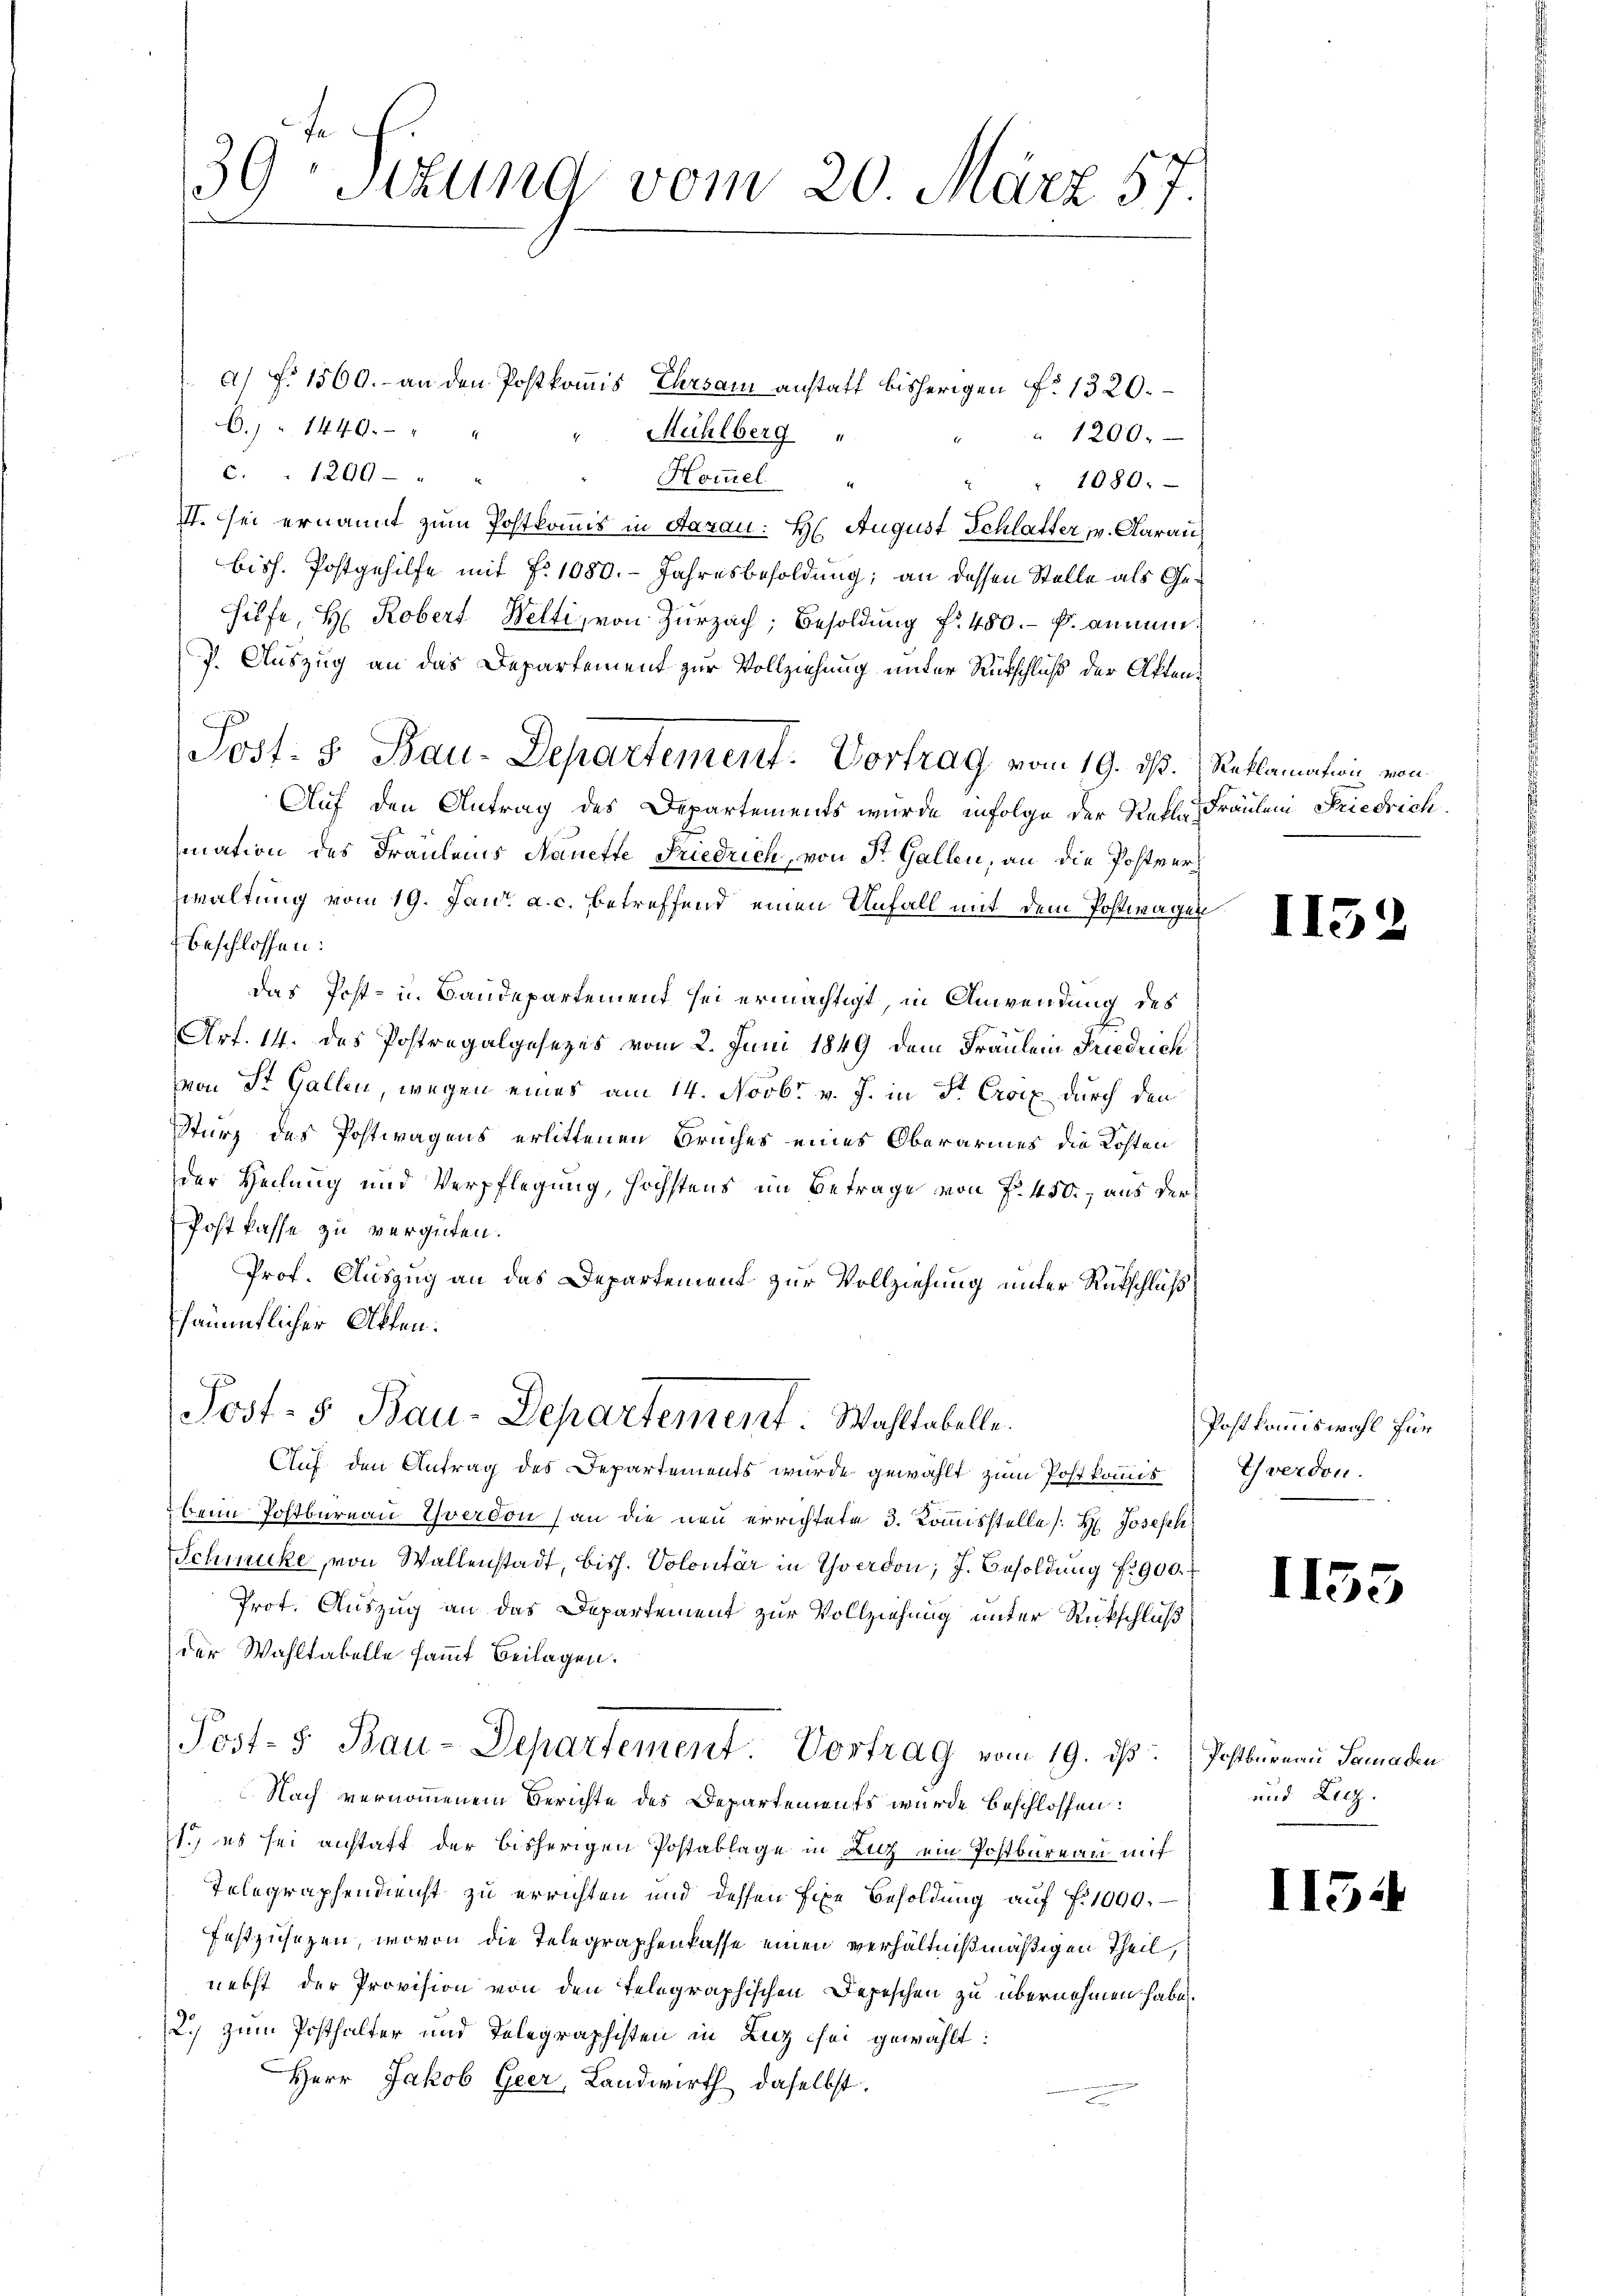
39 Sitzung vom 20. März 57.

a) P. 1500.- an den Postkomis, Ehrsam anstatt bisherigen f. 1320.
C.) " 1440. " " " Mühlberg "
" 1200.
c. . 1200 " "
Hommel
1080.
e
. sei ernannt zum Postkomis in Aarau: H. August Schlatter v. Aarau
biss. Postgehilfe mit No 1080. Jahresbesoldung; an dessen Stelle als Ge¬
Hilfe, H. Robert Welti, von Zurzach, Besoldung f. 480. p. anman¬
P. Auszug an das Departement zur Vollziehung unter Rütschluß der Akten¬
Post. S. Bau-Departement. Vortrag, vom 19. ds. Reklamation von
Auf den Antrag des Departements wurde infolge der Rekla Fräulen Friedrich
mation des Fräuleis Nanette Friedrich, von St. Gallen, an die Postverwaltung vom 19. Jan. a. c. betreffend einen Unfall mit dem Postwagen
beschlossen:
Das Post- u. Baudepartement sei ermächtigt, in Anwendung des
Art. 14. das Postregalgesezes vom 2. Juni 1849 dem Fräulein Friedrich
von St. Gallen, wegen eines am 14. Novbr. v. J. in Sr. Croix durch den
Sturz des Postwagens erlittenen Bruches eines Oberarmes die Kosten
der Heilung und Verpflegung, höchstens im Betrage von P. 450. aus der
Postkasse zu vergüten.
Prof. Auszug an das Departement zur Vollziehung unter Rütschluß
sämmtlicher Akten.
Post- 5 Bau-Departement Wahltabelle.
Auf den Antrag des Departements wurde gewählt zum Postkommis Yverdon.
beim Postbureau Yverdon an die neu errichtete 3. Kommisstelle (H. Joseph
Schmucke, von Wallenstadt, bish. Volontär in Yverdon; J. Besoldung f. 900.
Prot. Auszug an das Departement zur Vollziehung unter Rückschluß
der Wahltabelle sammt Beilagen.
Post- 5. Bau-Departement Vortrag vom 19. ds Postbureau Samaden
Nach vernommenem Berichte des Departements wurde beschlossen:
1.) es sei anstatt der bisherigen Postablage in Luz ein Postbureau mit
Telegraphendienst zu errichten und dessen fixe Besoldung auf Fr. 1000.
festzusetzen, wovon die Telegraphenkasse einen verhältnißmäßigen Theil,
nebst der Provision von den Telegraphischen Depeschen zu übernehmen habe.
2.) zum Posthalter und Telegraphisten in Luz sei gewählt:
Herr Jakob Geer, Landwirth daselbst.

II.

Postkommiswahl für

113

s

und Luz

1154